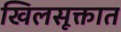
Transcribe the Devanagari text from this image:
खिलसूक्तात